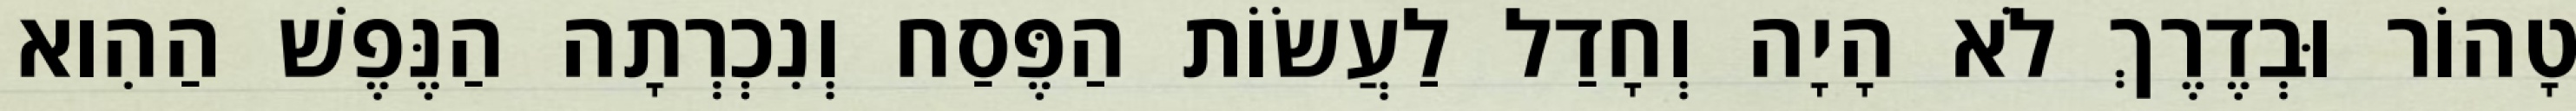
טָהוֹר וּבְדֶרֶךְ לֹא הָיָה וְחָדַל לַעֲשׂוֹת הַפֶּסַח וְנִכְרְתָה הַנֶּפֶשׁ הַהִוא